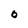
Character: 0